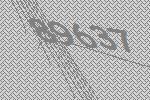
89637